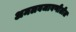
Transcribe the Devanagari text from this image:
अमलबजावणीतील